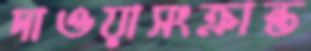
দাওয়াসংক্রান্ত